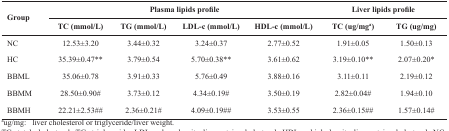
<table><thead><tr><td rowspan="2"><b>Group</b></td><td colspan="4"><b>Plasma lipids profile</b></td><td colspan="2"><b>Liver lipids profile</b></td></tr><tr><td><b>TC(mmol/L)</b></td><td><b>TG(mmol/L)</b></td><td><b>LDL-c(mmol/L)</b></td><td><b>HDL-c(mmol/L)</b></td><td><b>TC(ug/mga)</b></td><td><b>TG(ug/mg)</b></td></tr></thead><tbody><tr><td>NC</td><td>12.53±3.20</td><td>3.44±0.32</td><td>3.24±0.37</td><td>2.77±0.52</td><td>1.91±0.05</td><td>1.50±0.13</td></tr><tr><td>HC</td><td>35.39±0.47**</td><td>3.79±0.54</td><td>5.70±0.38**</td><td>3.61±0.62</td><td>3.19±0.10**</td><td>2.07±0.20*</td></tr><tr><td>BBML</td><td>35.06±0.78</td><td>3.91±0.33</td><td>5.76±0.49</td><td>3.88±0.16</td><td>3.11±0.11</td><td>2.19±0.12</td></tr><tr><td>BBMM</td><td>28.50±0.90#</td><td>3.73±0.12</td><td>4.34±0.19#</td><td>3.50±0.19</td><td>2.82±0.04#</td><td>1.94±0.10</td></tr><tr><td>BBMH</td><td>22.21±2.53##</td><td>2.36±0.21#</td><td>4.09±0.19##</td><td>3.53±0.55</td><td>2.36±0.15##</td><td>1.57±0.14#</td></tr></tbody></table>